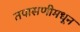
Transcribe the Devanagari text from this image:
तपासणीमधून